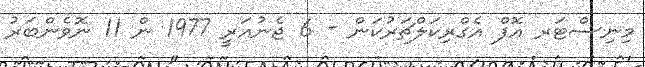
މިނިސްޓަރ އޮފް އެގްރިކަލްޗަރުކަން - 6 ޖެނުއަރީ 1977 ން 11 ނޮވެންބަރު